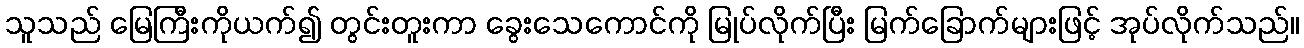
သူသည် မြေကြီးကိုယက်၍ တွင်းတူးကာ ခွေးသေကောင်ကို မြုပ်လိုက်ပြီး မြက်ခြောက်များဖြင့် အုပ်လိုက်သည်။